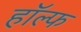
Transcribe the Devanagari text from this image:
हॉल्फ